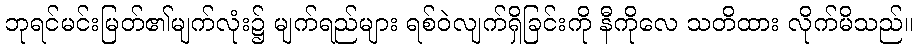
ဘုရင်မင်းမြတ်၏မျက်လုံး၌ မျက်ရည်များ ရစ်ဝဲလျက်ရှိခြင်းကို နီကိုလေ သတိထား လိုက်မိသည်။